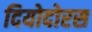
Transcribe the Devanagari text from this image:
दियोदोरस